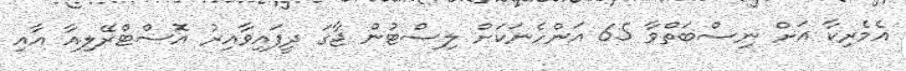
އެމެރިކާ އަށް ނިސްބަތްވާ 65 އަންހެނަކަށް ލިސްޓުން ޖާގަ ދީފައިވާއިރު އޮސްޓްރޭލިއާ އާއި